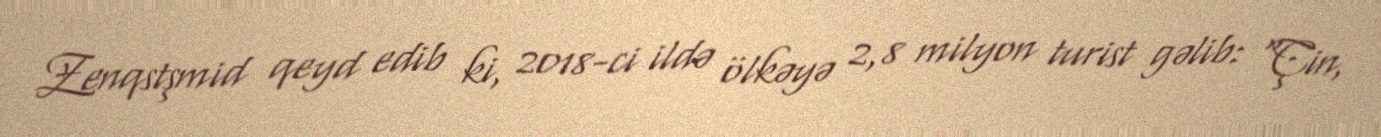
Zenqstşmid qeyd edib ki, 2018-ci ildə ölkəyə 2,8 milyon turist gəlib: “Çin,